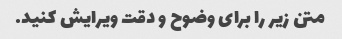
متن زیر را برای وضوح و دقت ویرایش کنید.